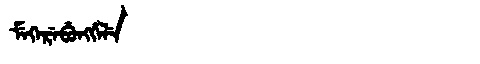
Manchu: ᠮᡝᡴᡝᡵᡝᠪᡠᠩᡤᡝᠯᡝ
Romanization: MEKEREBUNGGELE